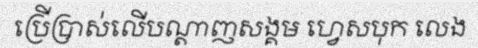
ប្រើប្រាស់លើបណ្តាញសង្គម ហ្វេសបុក លេង